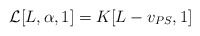
\begin{align*}{\cal L}[L, \alpha,1 ] = K[ L - v_{PS} , 1 ]\end{align*}